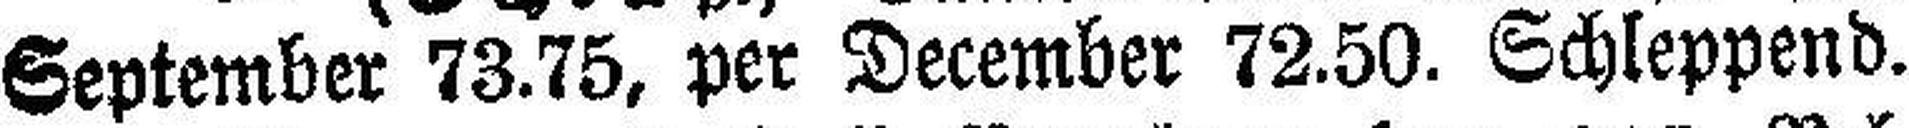
September 73.75, per December 72.50. Schleppend.